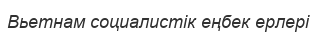
Вьетнам социалистік еңбек ерлері